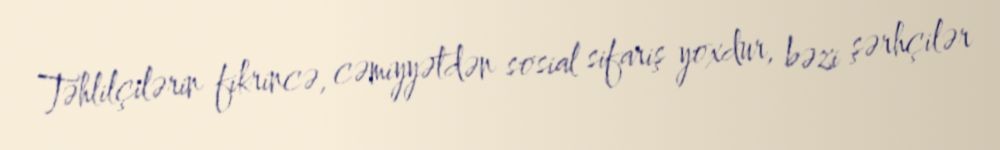
Təhlilçilərin fikrincə, cəmiyyətdən sosial sifariş yoxdur, bəzi şərhçilər